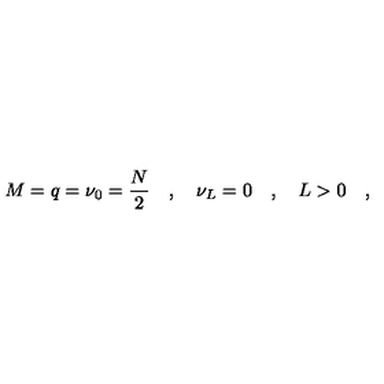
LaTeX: M = q = \nu _ { 0 } = \frac { N } { 2 } \quad , \quad \nu _ { L } = 0 \quad , \quad L > 0 \quad ,